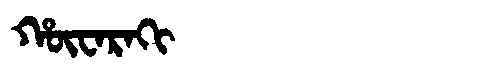
Manchu: ᡥᡡᠸᠠᡵᠠᡴᡳ
Romanization: HŪWARAKI